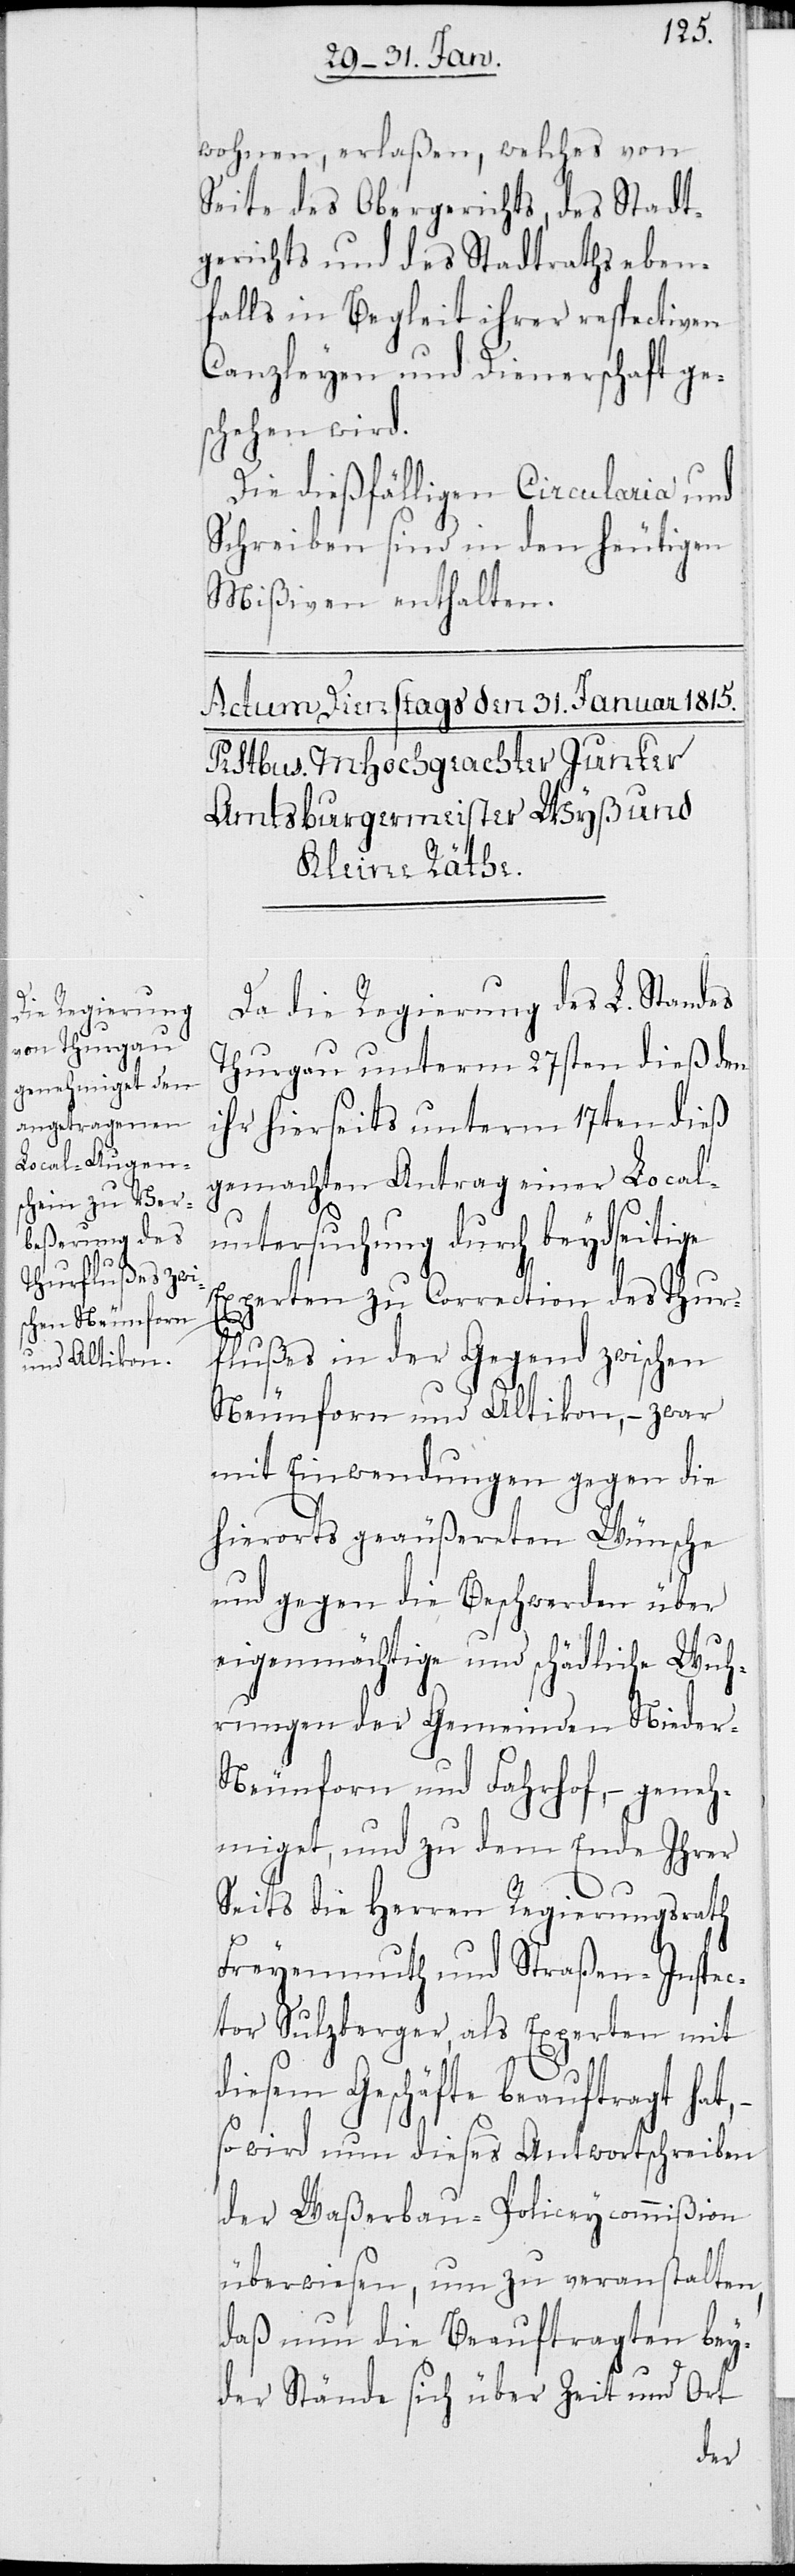
wohnen, erlaßen, welches von
Seite des Obergerichts, des Stadt¬
gerichts und des Stadtraths eben¬
falls in Begleit ihrer respectiven
Canzleyen und Dienerschaft ge¬
schehen wird.
Die diesfälligen Circularia und
Schreiben sind in den heutigen
Mißiven enthalten.
Da die Regierung des L. Standes
Thurgau unterm 27sten dieß den
ihr hierseits unterm 17ten dieß
gemachten Antrag einer Local¬
untersuchung durch beydseitige
Experten zu Correction des Thur¬
flußes in der Gegend zwischen
Neunforn und Altikon, – zwar
mit Einwendungen gegen die
hierorts geäußerten Wünsche
und gegen die Beschwerden über
eigenmächtige und schädliche Wuh¬
rungen der Gemeinden Nieder-N¬
eunforn und Fahrhof, – geneh¬
miget, und zu dem Ende Ihrer
Seits die Herren Regierungsrath
Freyenmuth und Straßen-Inspec¬
tor Sulzberger, als Experten mit
diesem Geschäfte beauftragt hat,
so wird nun dieses Antwortschreiben
der Waßerbau-Policeycommißion
überwiesen, um zu veranstalten,
daß nun die Beauftragten bey¬
der Stände sich über Zeit und Ort